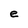
Character: e